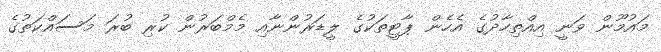
މައުމޫން ވަނީ އިއްތިހާދުގެ އެހެން ޕާޓީތަކުގެ ލީޑަރުންނާއި މެމްބަރުން ކުރި ބުރަ މަސައްކަތުގެ